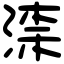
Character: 𣸑